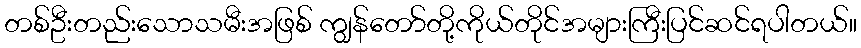
တစ်ဦးတည်းသောသမီးအဖြစ် ကျွန်တော်တို့ကိုယ်တိုင်အများကြီးပြင်ဆင်ရပါတယ်။